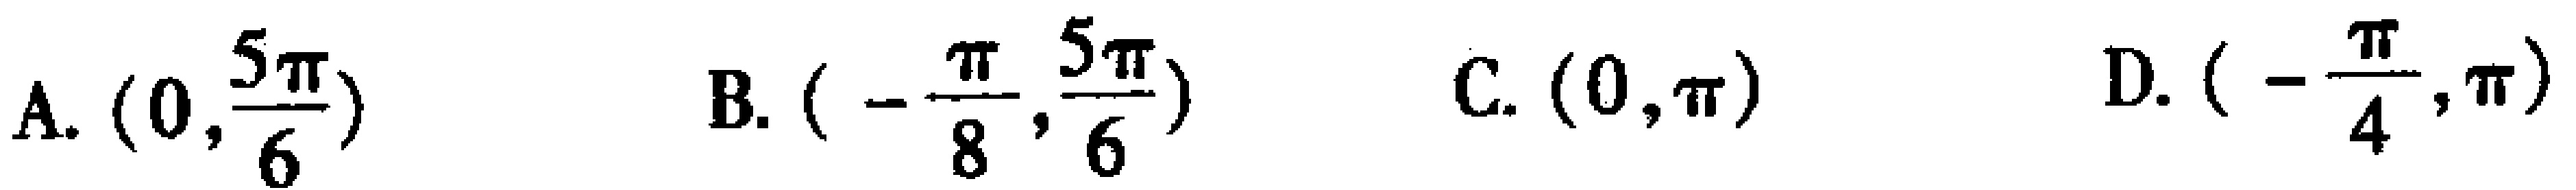
A. \((0,\frac{5\pi}{6})\)  B. \((-\frac{\pi}{8},\frac{5\pi}{6})\)  C. \((0,\pi)\)  D. \((-\frac{\pi}{4},\pi)\)